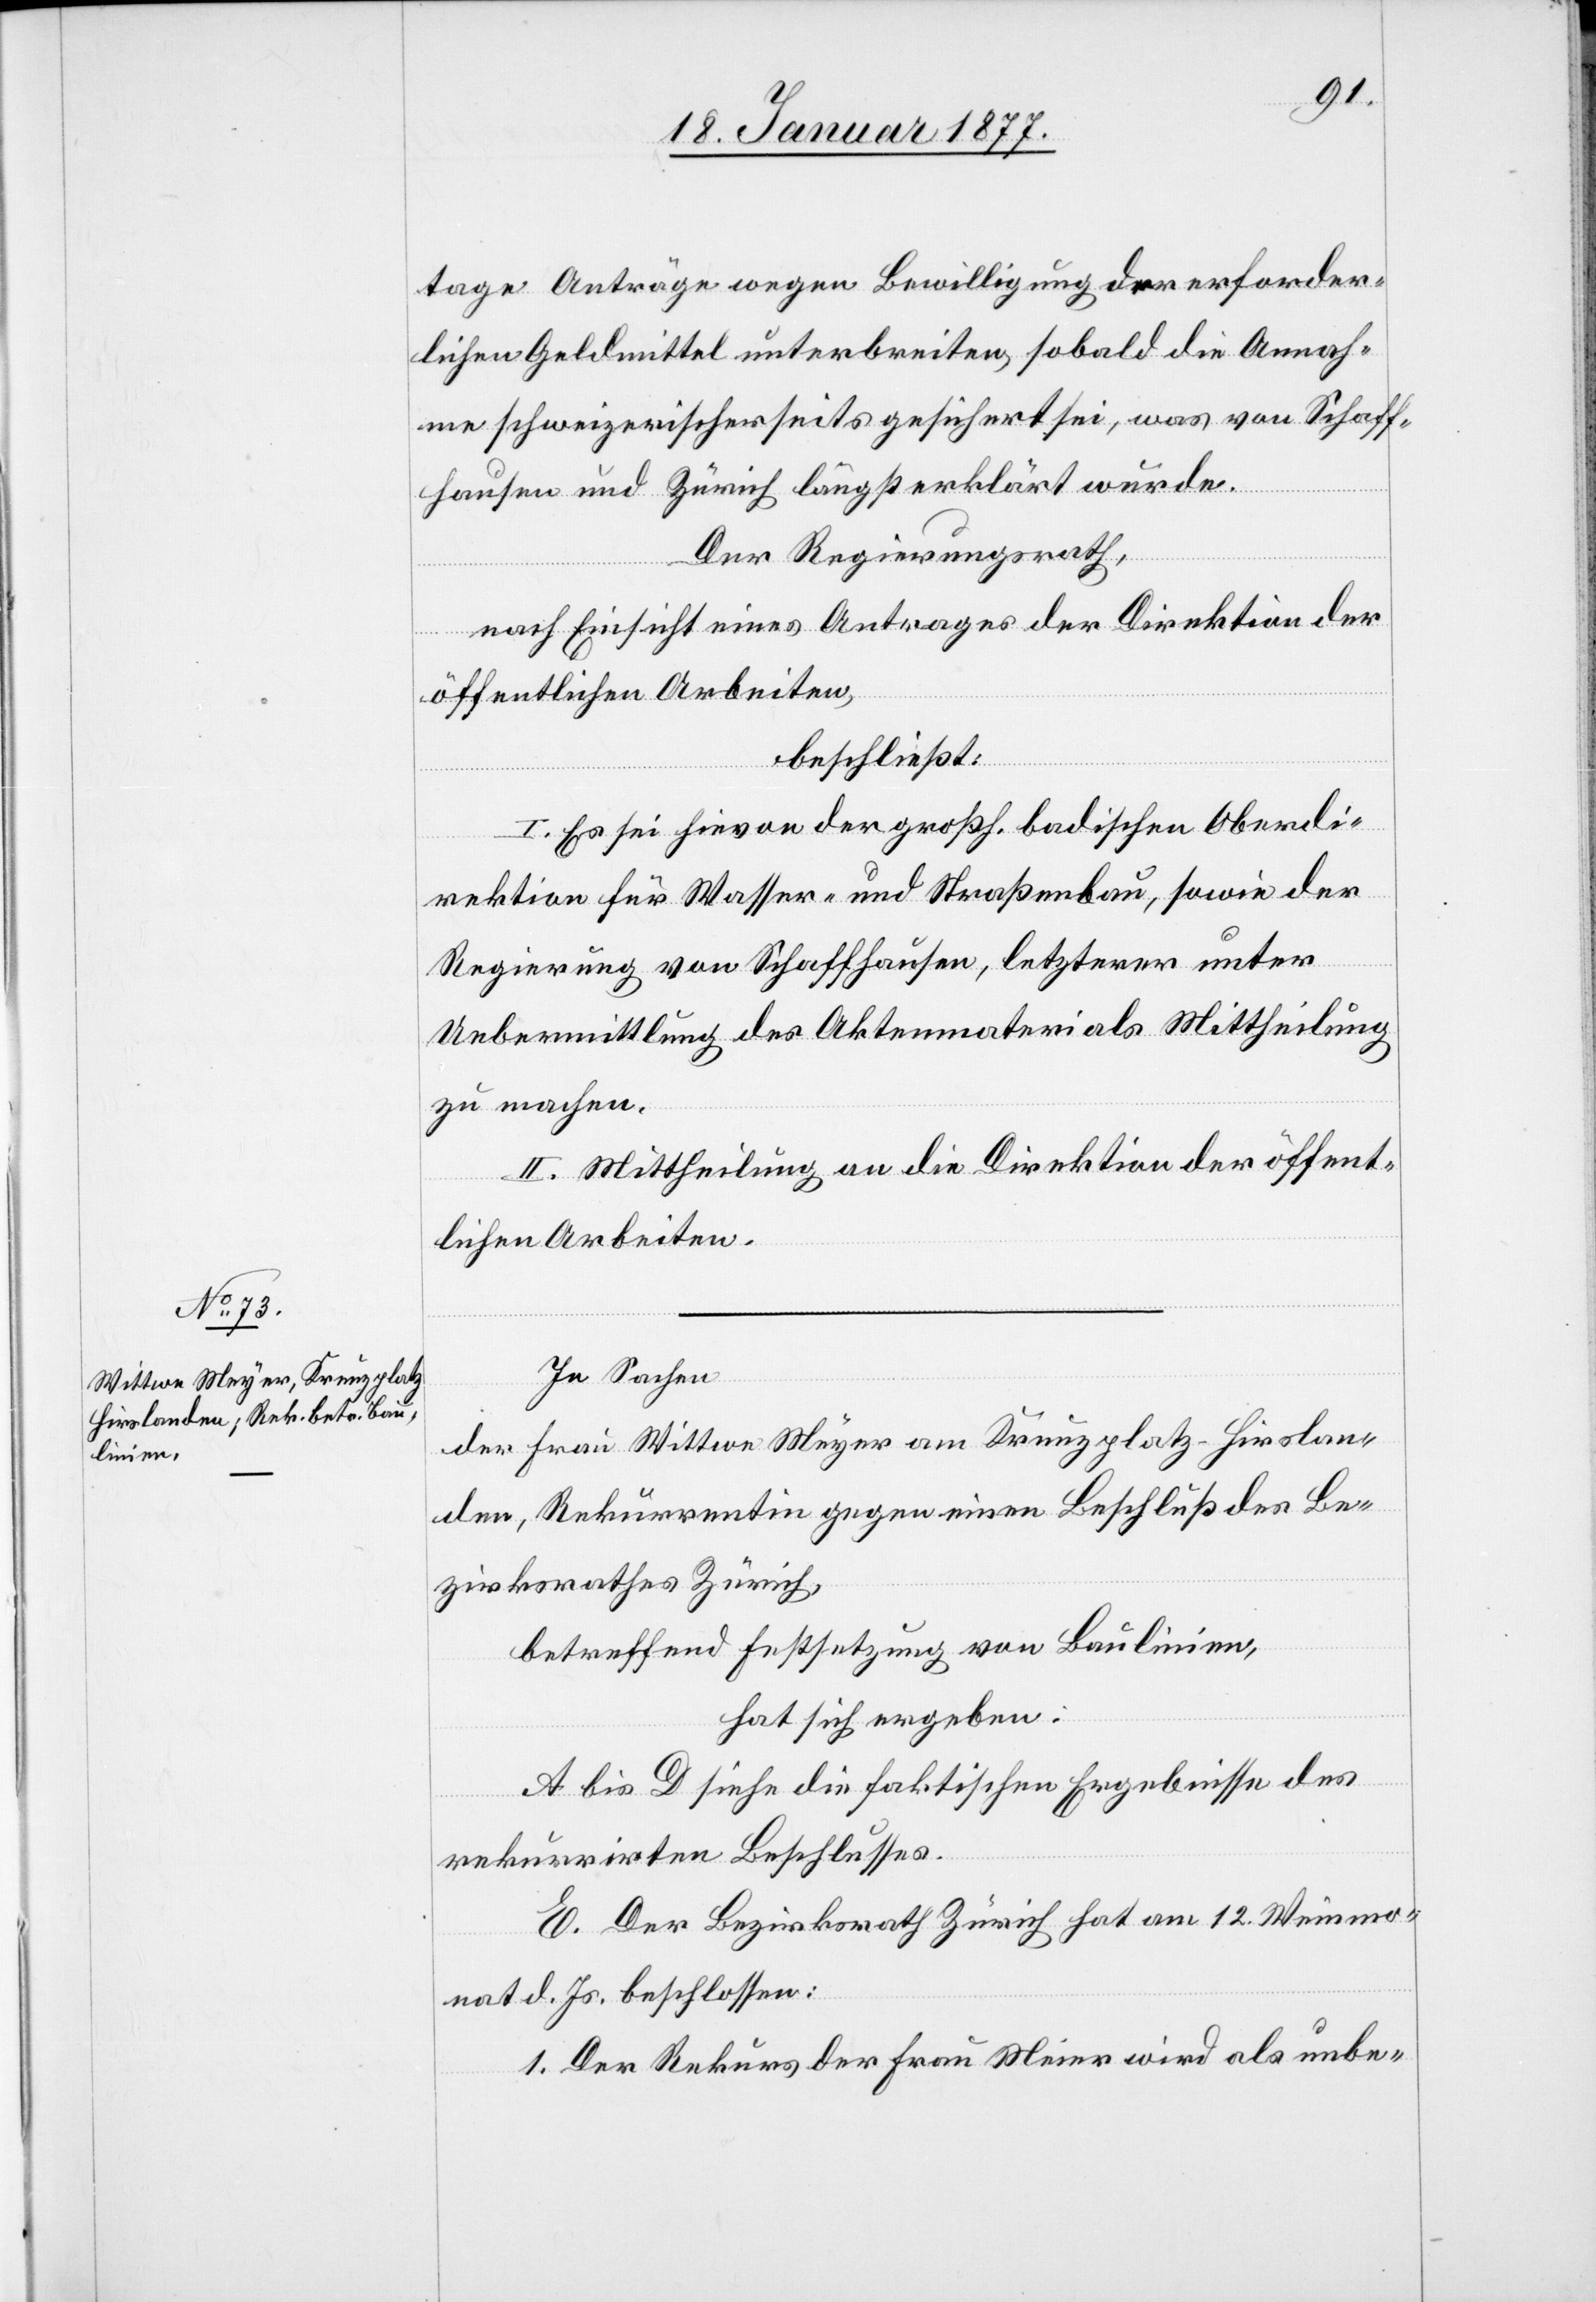
tage Anträge wegen Bewilligung der erforder¬
lichen Geldmittel unterbreiten, sobald die Annah¬
me schweizerischerseits gesichert sei, was von Schaff¬
hausen und Zürich längst erklärt wurde.
Der Regierungsrath,
nach Einsicht eines Antrages der Direktion der
öffentlichen Arbeiten,
beschließt:
I. Es sei hievon der großh. badischen Oberdi¬
rektion für Wasser- und Straßenbau, sowie der
Regierung von Schaffhausen, letzterer unter
Uebermittlung des Aktenmaterials Mittheilung
zu machen.
II. Mittheilung an die Direktion der öffent¬
lichen Arbeiten.
In Sachen
Der Frau Wittwe Meyer am Kreuzplatz - Hirslan¬
den, Rekurrentin gegen einen Beschluß des Be¬
zirksrathes Zürich,
betreffend Festsetzung von Baulinien,
hat sich ergeben:
A bis D siehe die faktischen Ergebnisse des
rekurrirten Beschlusses.
E. Der Bezirksrath Zürich hat am 12. Weinmo¬
nat d. Js. beschlossen:
1. Der Rekurs der Frau Meier [sic!] wird als unbe-